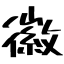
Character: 徽